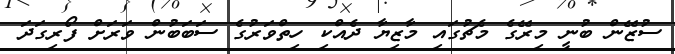
ސުޒޭން ބުނީ މިރޭގެ މެޗުގައި މާޒިޔާ ދެއްކި ހިތްވަރުގެ ސަބަބުން ވަރަށް ފޯރިގަދަ